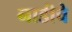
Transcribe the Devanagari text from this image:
नाडीचे